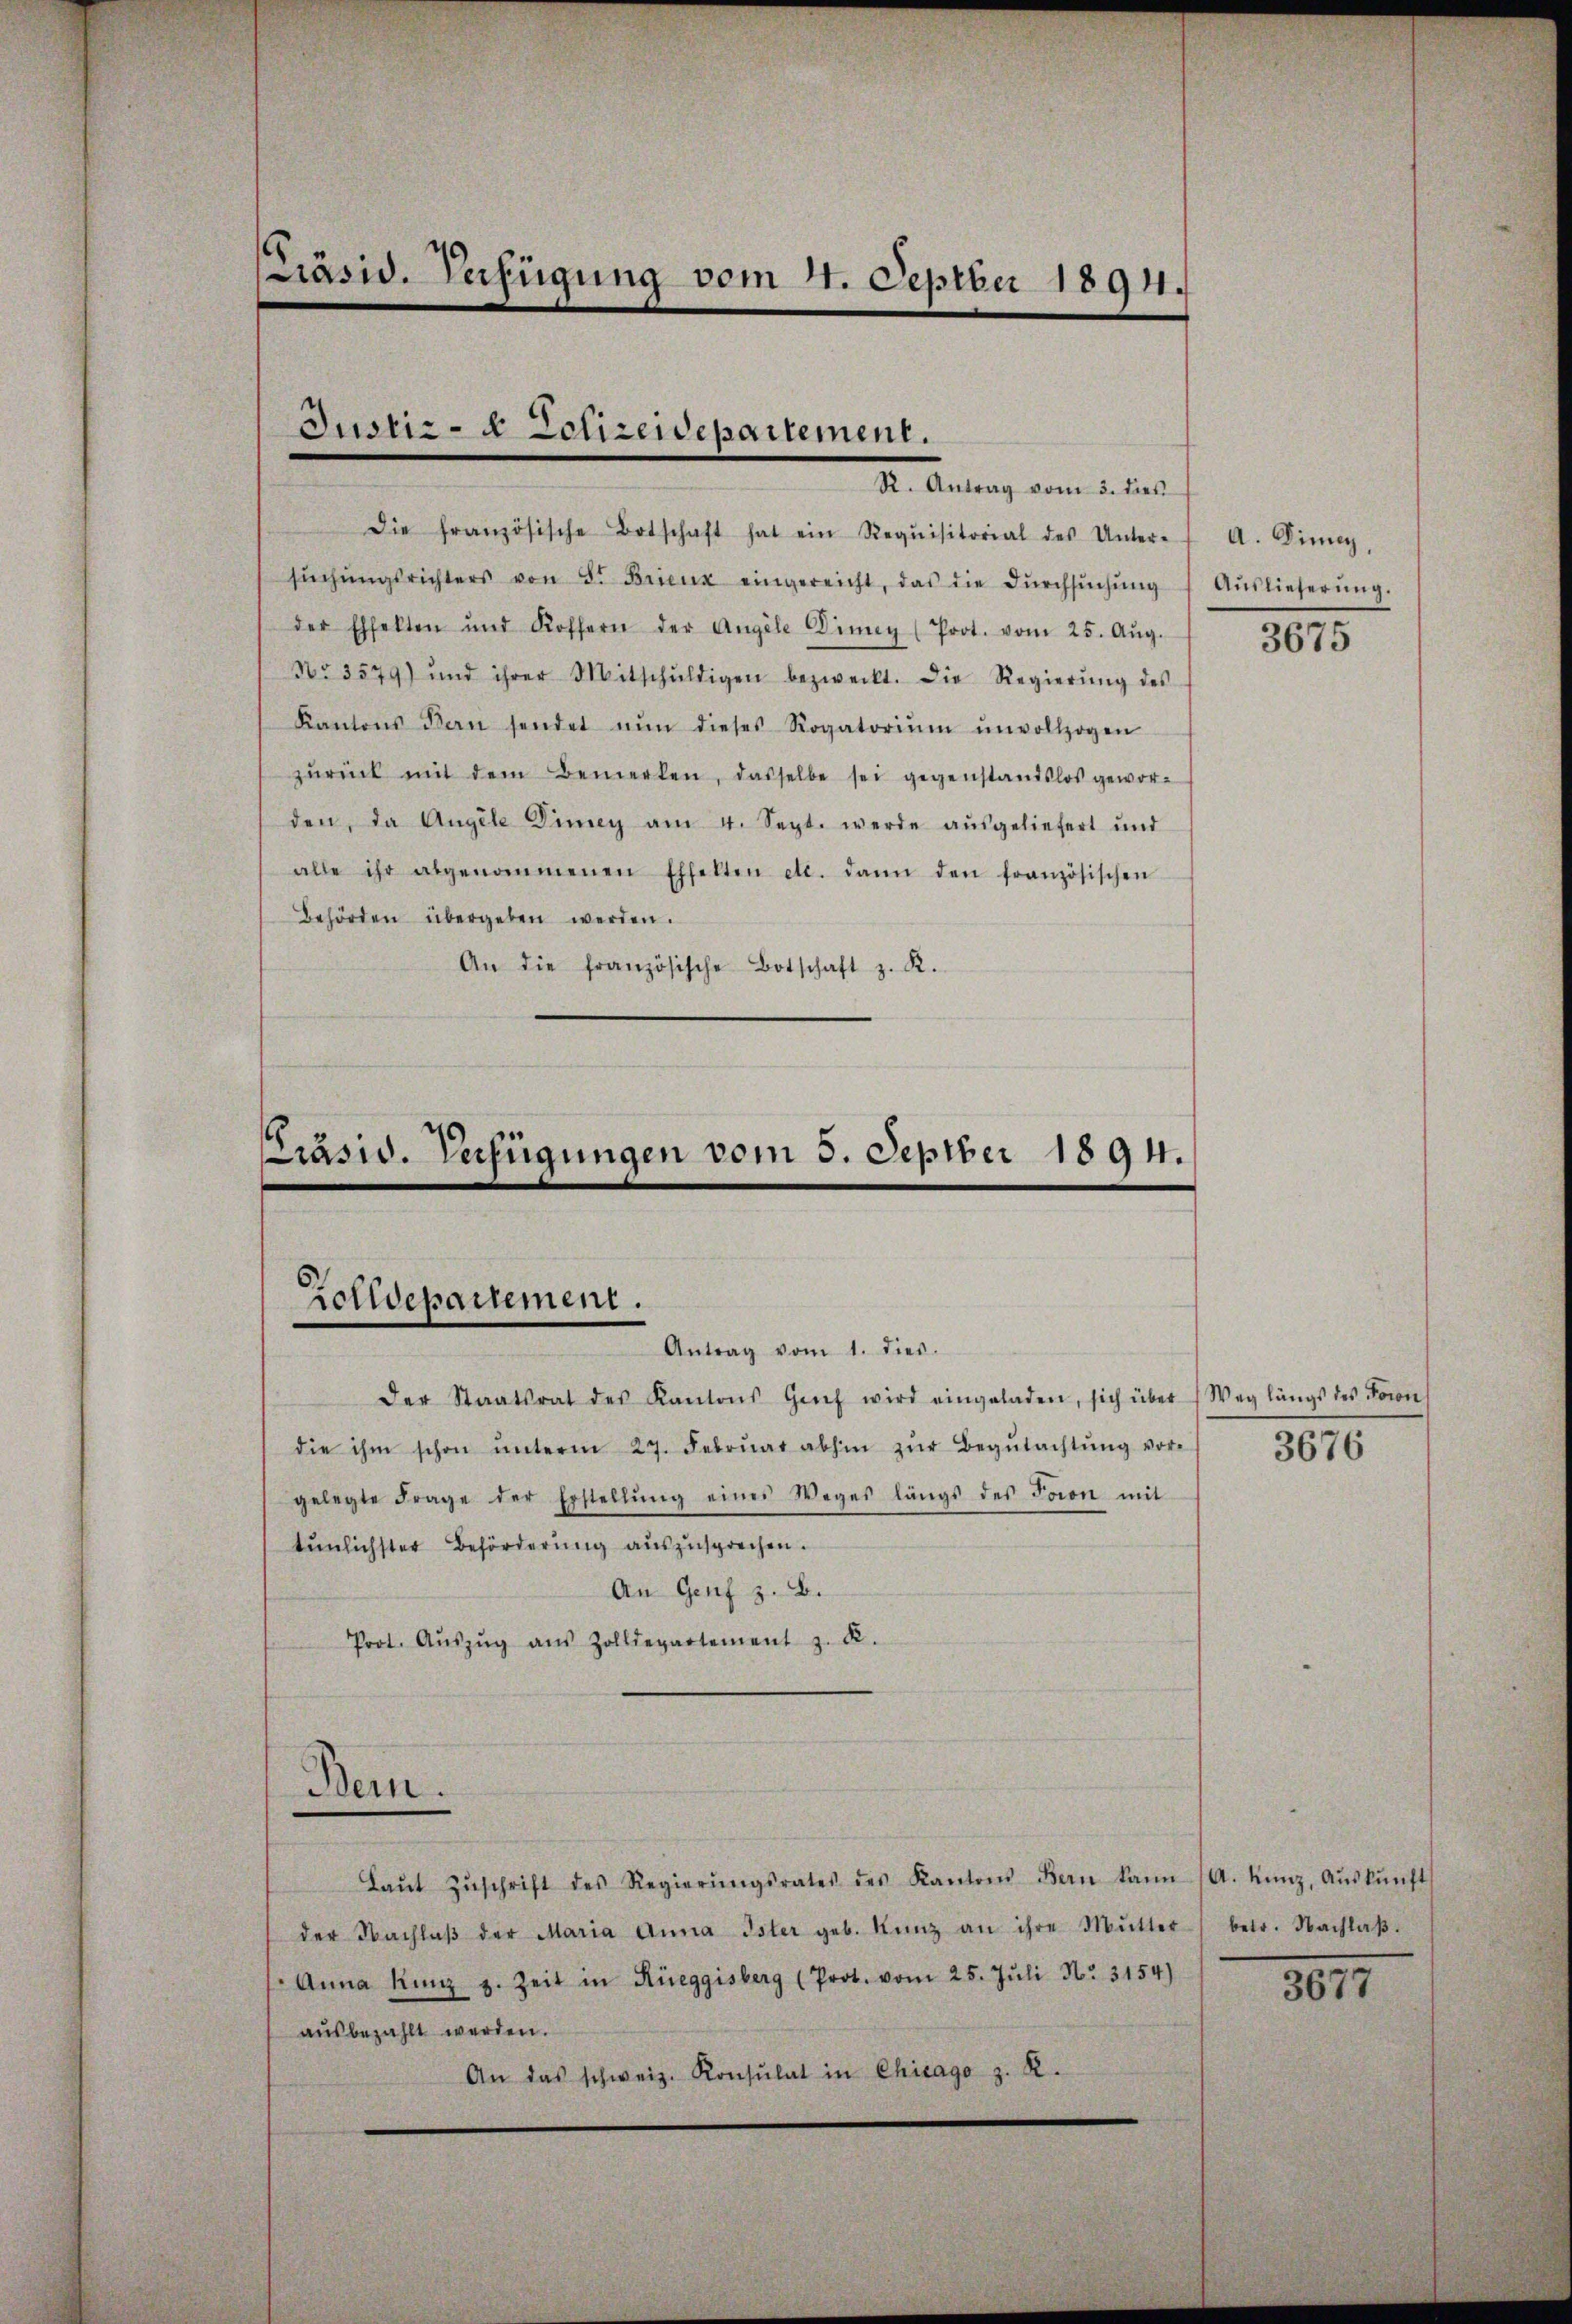
PPräsid. Verfügung vom 11. Septber 1894.

Justiz- & Polizeidepartement.
R. Antrag vom 3. dies

Die französische Botschaft hat ein Requisitorial des Unter-
sŭchŭngsrichters von 8. Brienz eingereicht, das die Dŭrchsŭchŭng Aŭslieferŭng.
der Effekten und Koffern der Angele Dinny (Prot. vom 25. Aŭg.
No. 3579) und ihrer Mitschŭldigen bezweckt. Die Regierŭng des
Kantons Bern sendet nŭn dieses Rogatoriŭm ŭnvollzogen
zŭrück mit dem Bemerken, dasselbe sei gegenstandslos geworden, da Angele Dimey am 4. Sept. werde aŭsgeliefert und
alle ihr abgenommenen Effekten etc. dann den französischen
Behörden übergeben werden.
An die französische Botschaft z. K.

Präsid. Verfügungen vom 5. Septber 1894.
zolldepartement.
Antrag vom 1. dies.

der Staatsrat des Kantons Genf wird eingeladen, sich über Weg längs des Forn
die ihm schon ŭnterm 27. Febrŭar abhin zŭr Begŭtachtŭng vor-
gelegte Frage der Erstellŭng einer Weges längs des Baron mit
tunlichster Beförderung auszusprechen.
An Genf z. B.
Prot. Aŭszŭg aŭs Zolldepartement z. K.
Bein.
Laŭt Zŭschrift des Regierŭngsrates des Kantons Bern kann (A. Kunz, Aŭskŭnft
der Nachlaβ der Maria Anna Ister geb. Kunz an ihre Mutter) betr. Nachlaβ.
Anna Kunz z. Zeit in Rüeggisberg (Prot. vom 25. Jŭli Nr. 3154)
ausbezahlt werden.
An das schweiz. Konsulat in Chicago z. R.

A. Dinny,
3675

3676

307